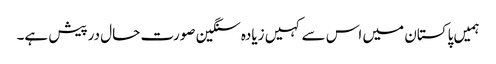
ہمیں پاکستان میں اس سے کہیں زیادہ سنگین صورت حال درپیش ہے۔